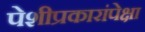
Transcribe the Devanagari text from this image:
पेशीप्रकारांपेक्षा